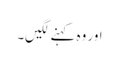
اور وہ کہنے لگیں۔